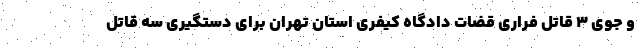
و جوی ۳ قاتل فراری قضات دادگاه کیفری استان تهران برای دستگیری سه قاتل